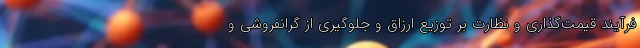
فرآیند قیمت‌گذاری و نظارت بر توزیع ارزاق و جلوگیری از گرانفروشی و